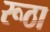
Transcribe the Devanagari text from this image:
रूठा